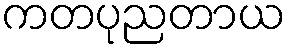
ကတပုညတာယ